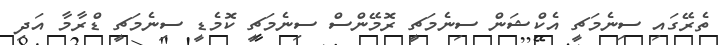
ތެރޭގައި ސިނެމަޗީ އެކްޝަން ސިނެމަޗީ ރޮމޭންސް ސިނެމަޗީ ކޮމެޑީ ސިނެމަޗީ ޑްރާމާ އަދި